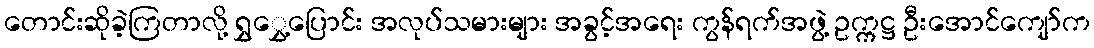
တောင်းဆိုခဲ့ကြတာလို့ ရွှွှေ့ပြောင်း အလုပ်သမားများ အခွင့်အရေး ကွန်ရက်အဖွဲ့ ဥက္ကဋ္ဌ ဦးအောင်ကျော်က